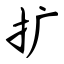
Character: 扩